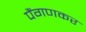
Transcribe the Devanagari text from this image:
पैंगणकर